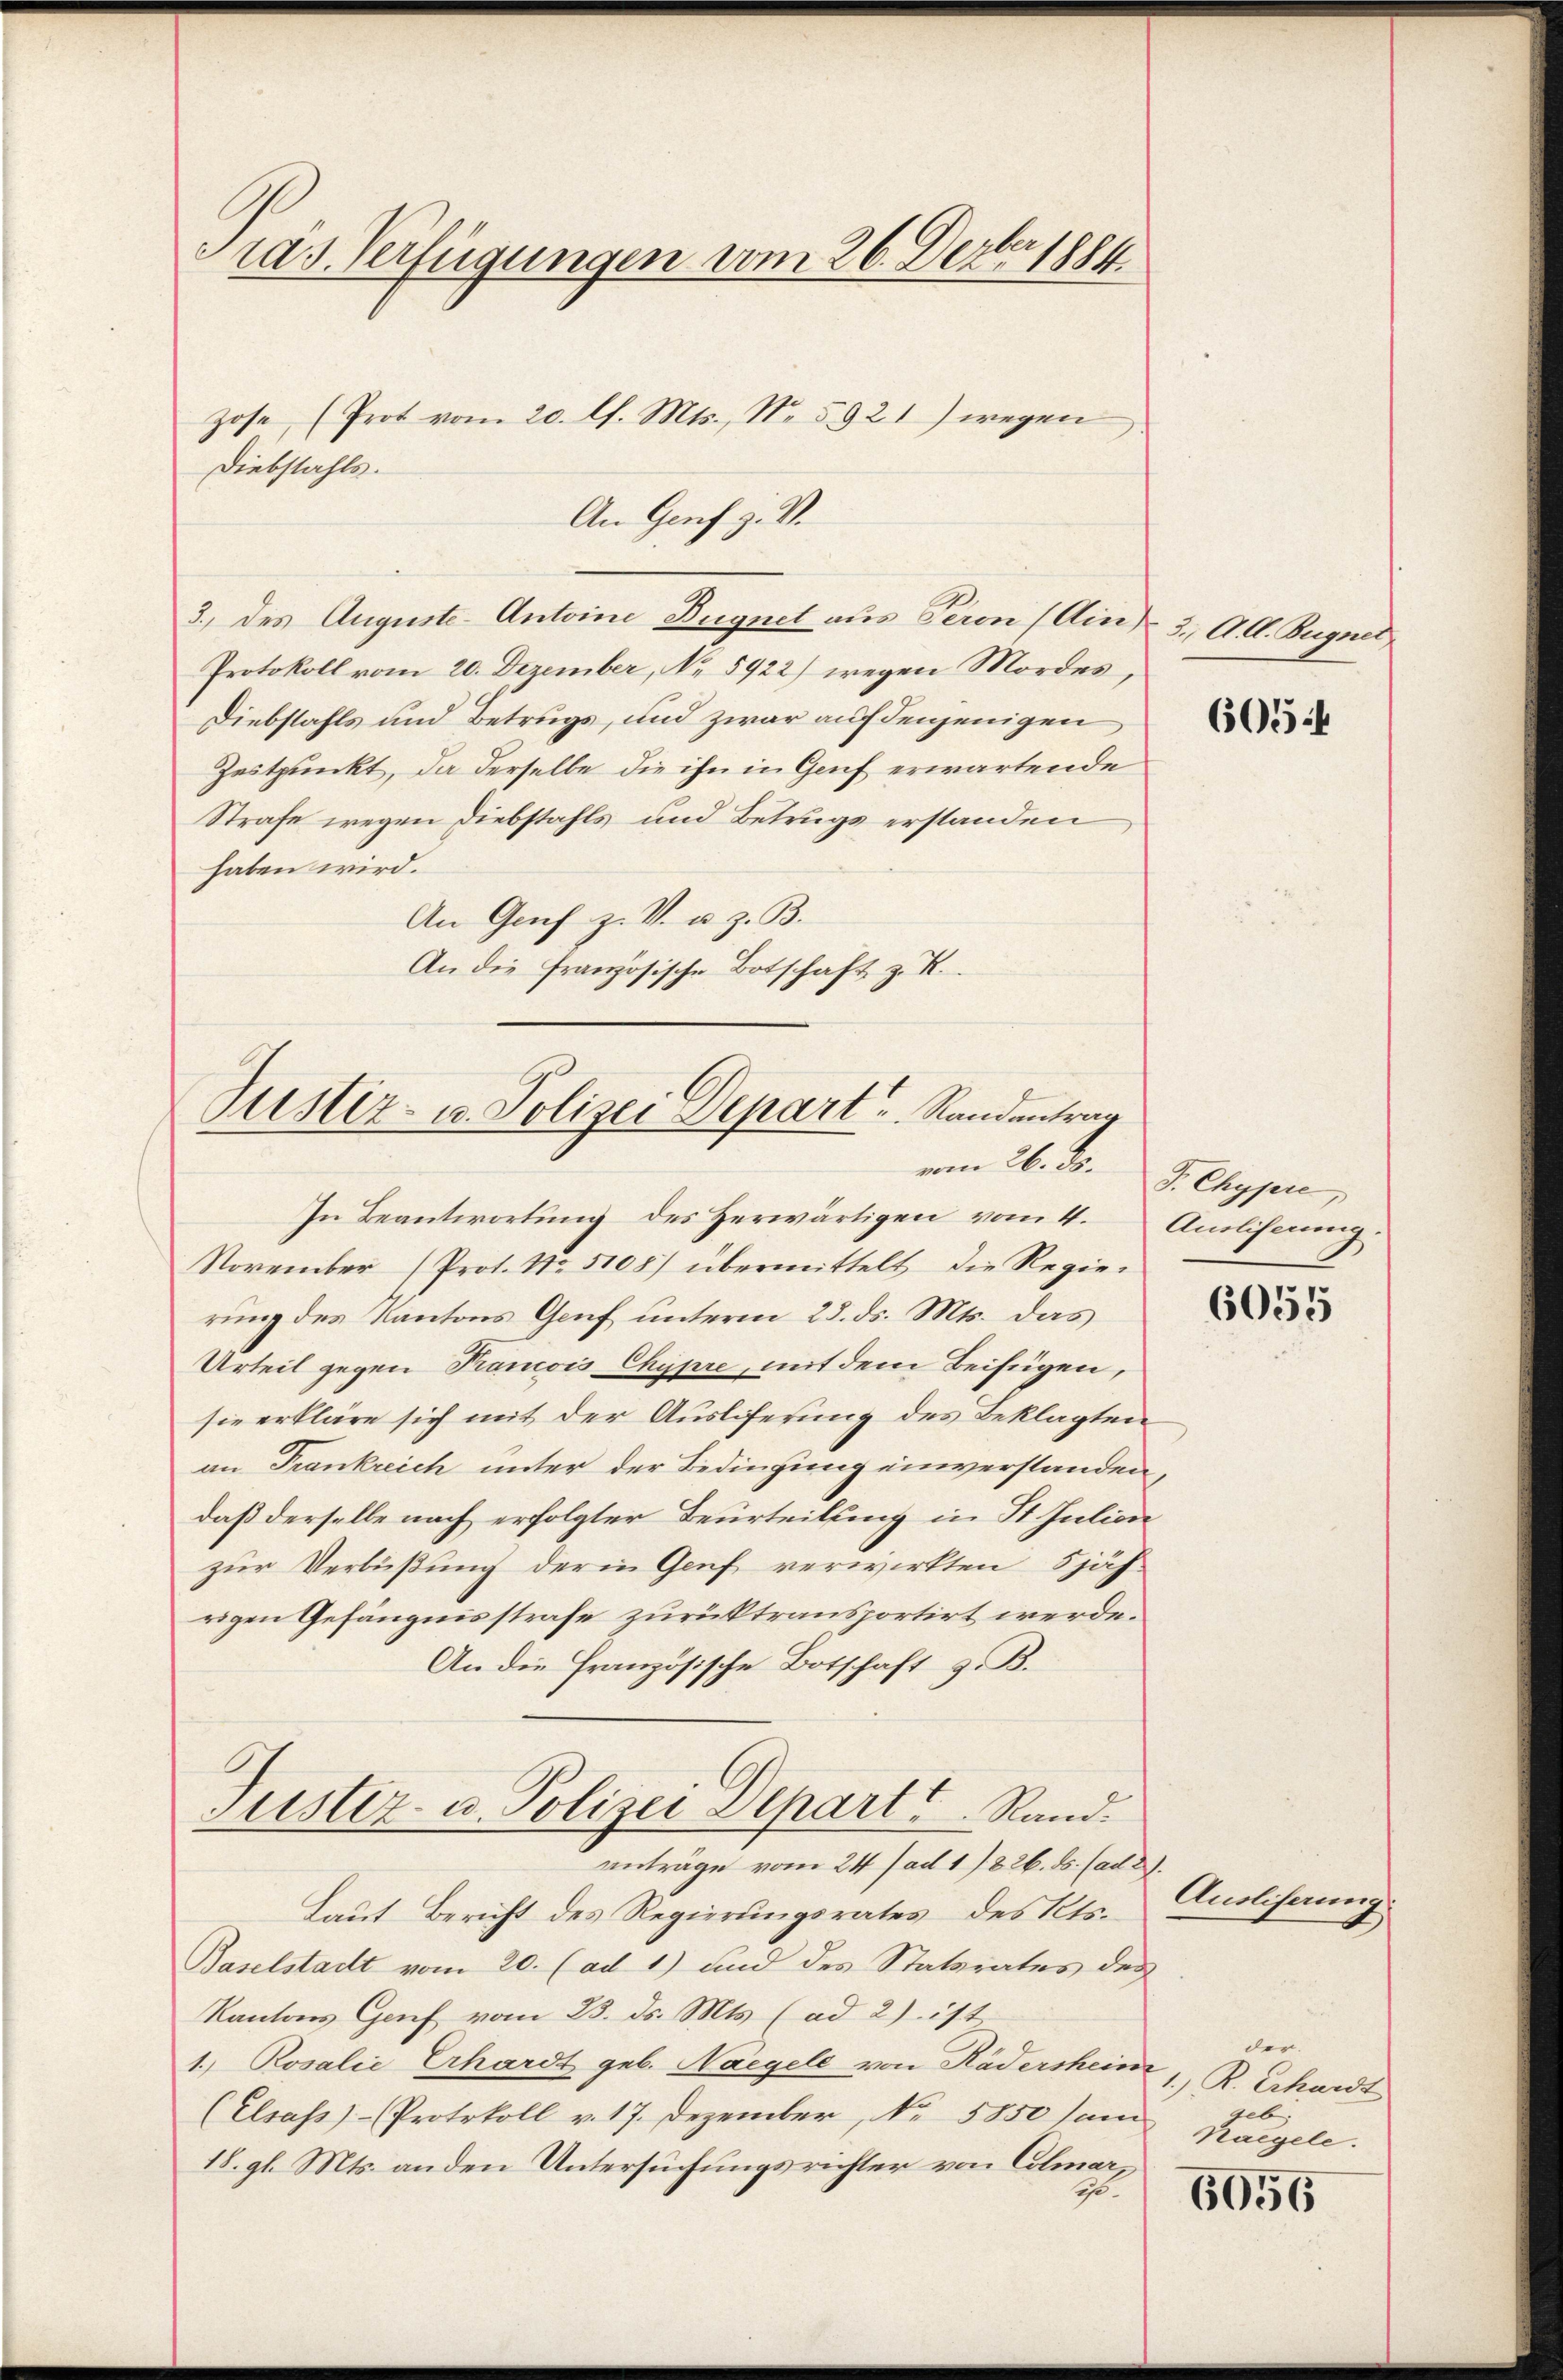
Tras. Verfügungen vom 26. Dezbr 1884
Hose (Prot vom 20. ds. Mts., No. 5921) wegen

3.) des Auguste-Antoine Bugnet aus Peron (Ai 3., A. A. Bugnet
Protokoll vom 20. Dezember, No 5922) wegen Mordes,
Diebstahls und Betrugs, und zwar auf denjenigen
Zeitpunkt, da derselbe die ihn in Genf erwartende
Strafe wegen Diebstahls und Betrugs erstanden
haben wird.
An Genf z. V. u. z. B.
An die Französische Botschaft z. R.

Diebstahls.
An Genf z. B.

Justiz- u. Polizei Depart u. Randantrag
vom 26. ds. J. Chypre,

In Beantwortŭng des herwärtigen vom 4. Ausliserŭng
November (Prot. No. 5108) übermittelt die Regie-
rung des Kantons Genf unterm 25. ds. Mts. das
Urteil gegen Prancois Chypre, mit dem Beifügen,
sie erkläre sich mit der Ausliferung des Beklagten
an Frankreich unter der Bedingung einverstanden,
daß derselbe nach erfolgter Beurteilung in St. Julion
zur Verbüßung der in Genf verwirkten 5 jährigen Gefängnisstrafe zurücktransportirt werde.
An die Französische Botschaft z. B.
Justiz- u. Polizei Depart. Rand.
anträge vom 24. ad 17826. ds. (ad 2.
Laut Bericht des Regierungsrates des Kts.
Paselstadt vom 20. (ad 1) und des Statsrates des
Kantons Genf vom 23. ds. Mts. (ad 2) ist
1.) Rosalie Erhardt geb. Nagele von Kädersheine 1, R. Erhardt
(Elsass)-Protokoll v. 17. Dezember, No 5850 sam
18. gl. Mts. anden Untersuchungsrichter von Colmar,
1.

605 f

6055

Anoliferung.

6056

der.
geb.
Kaegele.